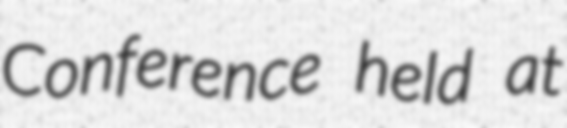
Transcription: Conference held at